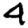
Digit: 4